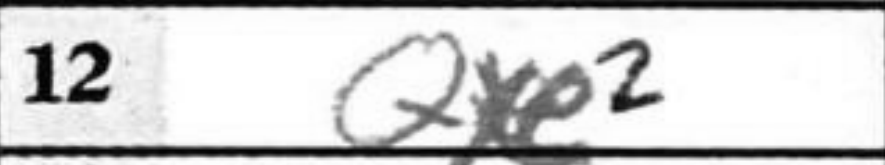
Transcription: Qxe2